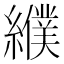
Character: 纀